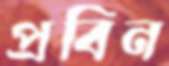
প্রবিন